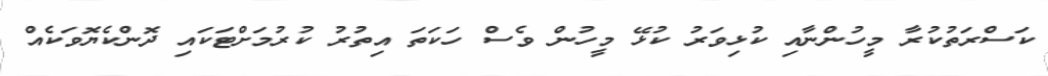
ކަސްރަތުކުރާ މީހުންނާއި ކުޅިވަރު ކުޅޭ މީހުން ވެސް ހަކަތަ އިތުރު ކުރުމަށްޓަކައި ދޮންކެޔޮވަކެއް